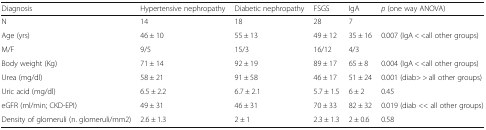
<table><thead><tr><td><b>Diagnosis</b></td><td><b>Hypertensive nephropathy</b></td><td><b>Diabetic nephropathy</b></td><td><b>FSGS</b></td><td><b>IgA</b></td><td><b><i>p</i> (one way ANOVA)</b></td></tr></thead><tbody><tr><td>N</td><td>14</td><td>18</td><td>28</td><td>7</td><td></td></tr><tr><td>Age (yrs)</td><td>46 ± 10</td><td>55 ± 13</td><td>49 ± 12</td><td>35 ± 16</td><td>0.007 (IgA &lt; &lt;all other groups)</td></tr><tr><td>M/F</td><td>9/5</td><td>15/3</td><td>16/12</td><td>4/3</td><td></td></tr><tr><td>Body weight (Kg)</td><td>71 ± 14</td><td>92 ± 19</td><td>89 ± 17</td><td>65 ± 8</td><td>0.004 (IgA &lt; &lt;all other groups)</td></tr><tr><td>Urea (mg/dl)</td><td>58 ± 21</td><td>91 ± 58</td><td>46 ± 17</td><td>51 ± 24</td><td>0.001 (diab&gt; &gt; all other groups)</td></tr><tr><td>Uric acid (mg/dl)</td><td>6.5 ± 2.2</td><td>6.7 ± 2.1</td><td>5.7 ± 1.5</td><td>6 ± 2</td><td>0.45</td></tr><tr><td>eGFR (ml/min; CKD-EPI)</td><td>49 ± 31</td><td>46 ± 31</td><td>70 ± 33</td><td>82 ± 32</td><td>0.019 (diab &lt;&lt; all other groups)</td></tr><tr><td>Density of glomeruli (n. glomeruli/mm2)</td><td>2.6 ± 1.3</td><td>2 ± 1</td><td>2.3 ± 1.3</td><td>2 ± 0.6</td><td>0.58</td></tr></tbody></table>